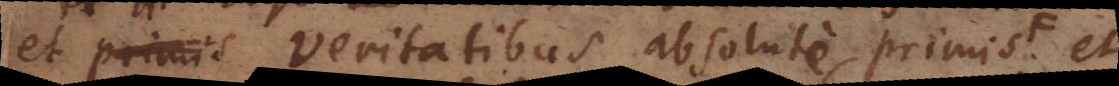
et de Veritatibus absolute primis seu